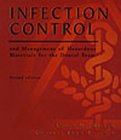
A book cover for Infection Control and Management of Hazardous Materials for the Dental Team; Chris H. Miller BA  MS  PhD; Medical Books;